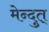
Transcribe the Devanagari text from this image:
मेन्दुत्